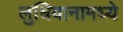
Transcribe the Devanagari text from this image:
लुधियानामध्ये